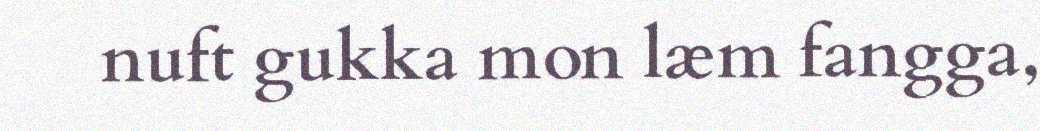
nuft gukka mon læm fangga,